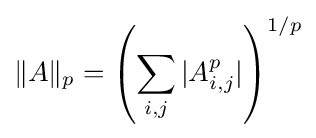
\|A\|_{p}=\left(\sum _{i,j}|A_{i,j}^{p}|\right)^{1/p}